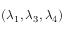
( \lambda _ { 1 } , \lambda _ { 3 } , \lambda _ { 4 } )